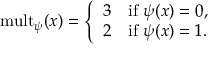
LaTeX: \mathrm { m u l t } _ { \psi } ( x ) = \left\{ \begin{array} { l l } { { 3 } } & { { \mathrm { i f } \ \psi ( x ) = 0 , } } \\ { { 2 } } & { { \mathrm { i f } \ \psi ( x ) = 1 . } } \end{array} \right.